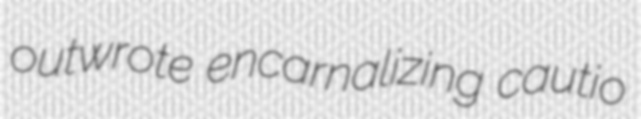
outwrote encarnalizing cautio